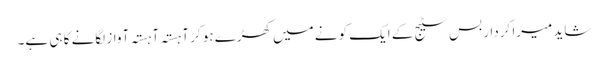
شاید میرا کردار بس سٹیج کے ایک کونے میں کھڑے ہو کر آہستہ آہستہ آواز لگانے کا ہی ہے۔